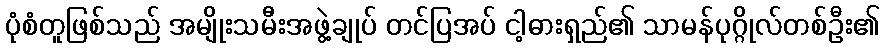
ပုံစံတူဖြစ်သည် အမျိုးသမီးအဖွဲ့ချုပ် တင်ပြအပ် ငါ့ဓားရှည်၏ သာမန်ပုဂ္ဂိုလ်တစ်ဦး၏